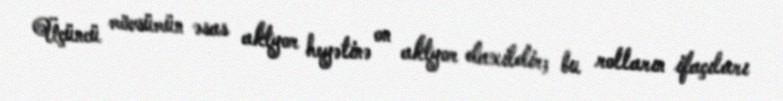
Üçüncü mövsümün əsas aktyor heyətinə on aktyor daxildir; bu rolların ifaçıları